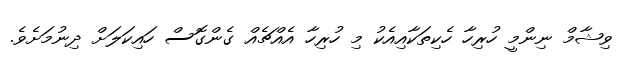
ވިޝާމް ނިންމީ ހުރިހާ ހެކިތަކާއިއެކު މި ހުރިހާ އެއްޗެއް ގެންގޮސް ހައިކަލަށް ދިނުމަށެވެ.